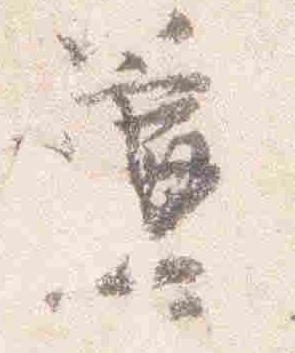
簾